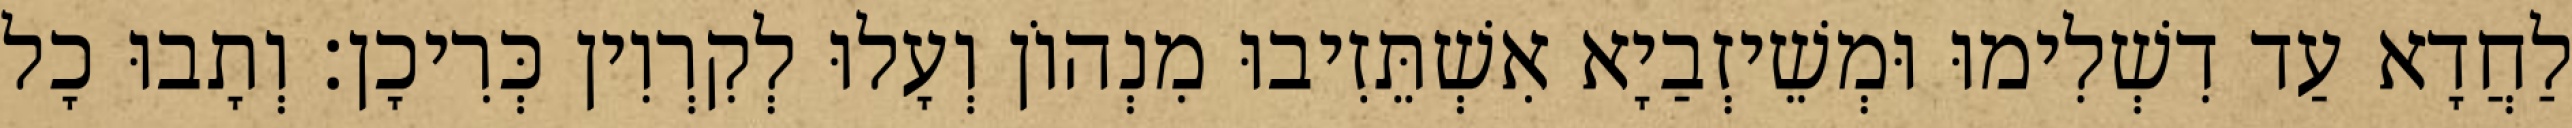
לַחֲדָא עַד דִשְׁלִימוּ וּמְשֵׁיזְבַיָא אִשְׁתֵּזִיבוּ מִנְהוֹן וְעָלוּ לְקִרְוִין כְּרִיכָן׃ וְתָבוּ כָל